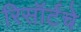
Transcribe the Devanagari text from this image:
रिसॉर्टचे